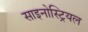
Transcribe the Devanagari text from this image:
साइनोस्ट्रियल